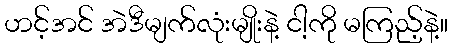
ဟင့်အင် အဲဒီမျက်လုံးမျိုးနဲ့ ငါ့ကို မကြည့်နဲ့။